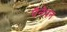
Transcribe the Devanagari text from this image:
पैनेपन